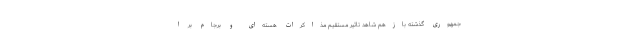
جمهوری گذشته بازهم شاهد تاثیر مستقیم مذاکرات هسته‌ای و برجام بر ا